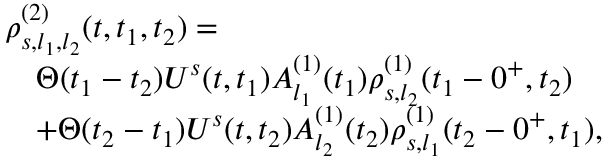
\begin{array} { r l } & { \rho _ { s , l _ { 1 } , l _ { 2 } } ^ { ( 2 ) } ( t , t _ { 1 } , t _ { 2 } ) = } \\ & { \quad \Theta ( t _ { 1 } - t _ { 2 } ) U ^ { s } ( t , t _ { 1 } ) A _ { l _ { 1 } } ^ { ( 1 ) } ( t _ { 1 } ) \rho _ { s , l _ { 2 } } ^ { ( 1 ) } ( t _ { 1 } - 0 ^ { + } , t _ { 2 } ) } \\ & { \quad + \Theta ( t _ { 2 } - t _ { 1 } ) U ^ { s } ( t , t _ { 2 } ) A _ { l _ { 2 } } ^ { ( 1 ) } ( t _ { 2 } ) \rho _ { s , l _ { 1 } } ^ { ( 1 ) } ( t _ { 2 } - 0 ^ { + } , t _ { 1 } ) , } \end{array}